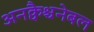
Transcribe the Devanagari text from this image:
अनक्वैश्चनेबल